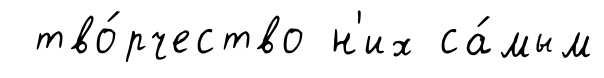
тво́рчество н'их са́мым